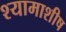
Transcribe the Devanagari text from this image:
श्यामाशीष